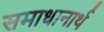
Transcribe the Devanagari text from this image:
समाधानार्थ